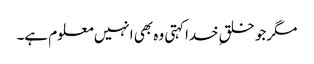
مگرجو خلقِ خداکہتی وہ بھی انہیں معلوم ہے۔